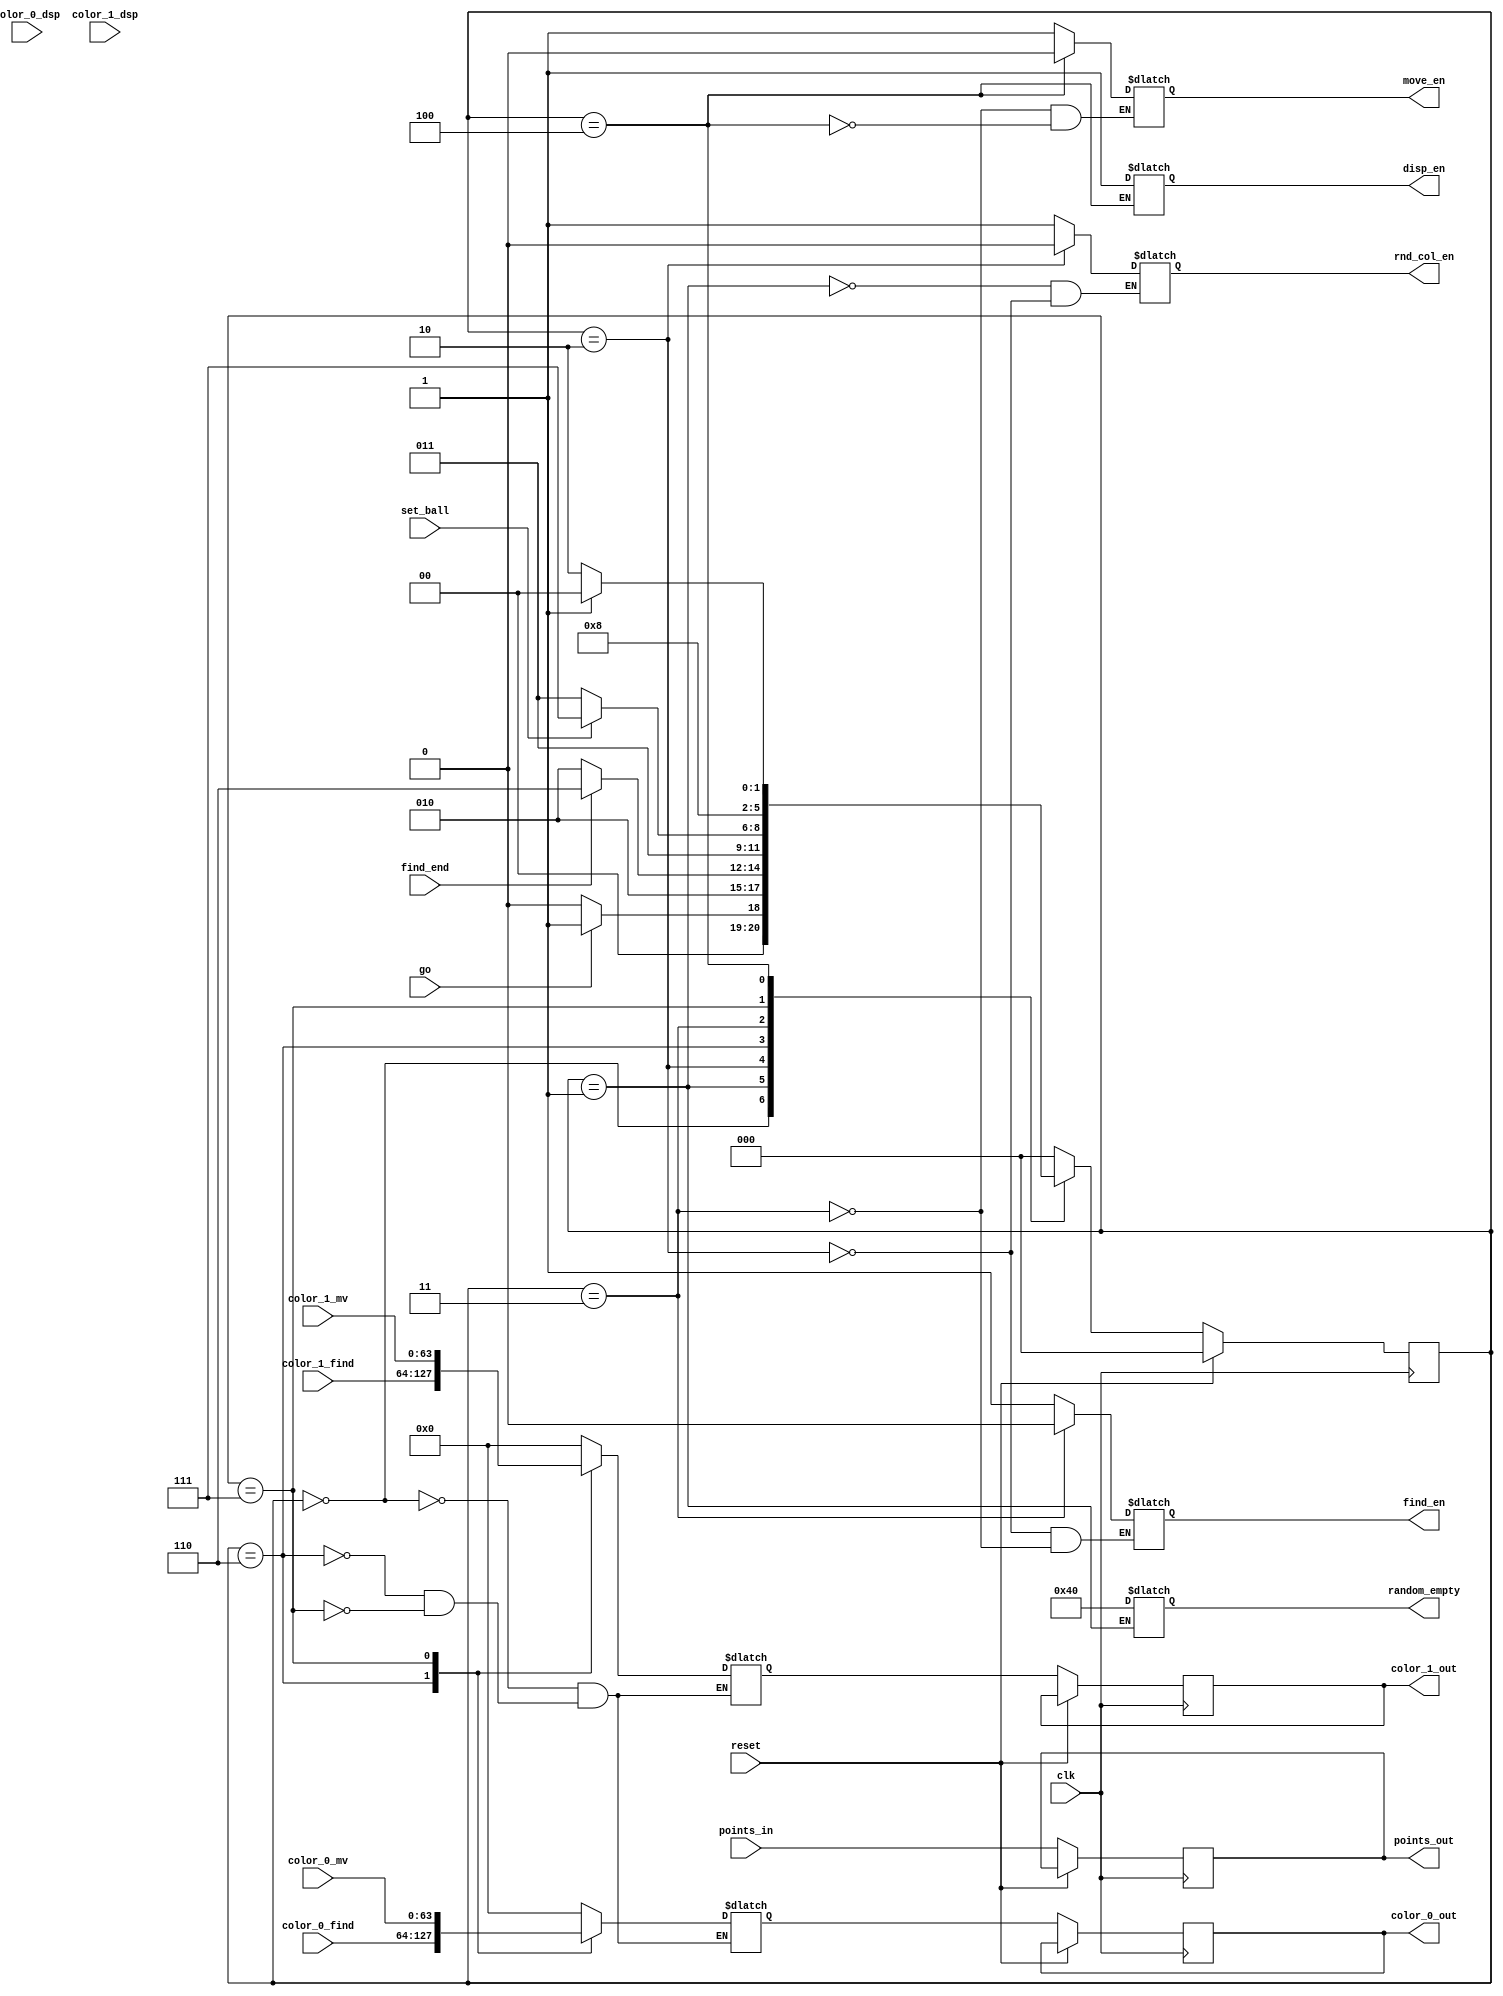
`timescale 1ns / 1ps
//////////////////////////////////////////////////////////////////////////////////
// Company: 
// Engineer: 
// 
// Design Name: 
// Module Name: control_ms
// Project Name: 
// Target Devices: 
// Tool Versions: 
// Description: 
// 
// Dependencies: 
// 
// Revision:
// Revision 0.01 - File Created
// Additional Comments:
// 
//////////////////////////////////////////////////////////////////////////////////


module control_ms(
    input wire clk,
    input wire reset,
    input wire go,
    
    input wire [63:0] color_0_find, color_0_mv, color_0_dsp,
    input wire [63:0] color_1_find, color_1_mv, color_1_dsp,
    input wire set_ball,
    input wire [9:0] points_in,
    input wire find_end,
    
    output reg [63:0] color_0_out,
    output reg [63:0] color_1_out,
    
    output reg rnd_col_en, find_en, move_en, disp_en,
    output reg [23:0] random_empty,
    output reg [9:0] points_out

    );
    
localparam  IDLE = 4'b0000,
            START = 4'b0001,
            RANDOM = 4'b0010,
            MOVE = 4'b0011,
            DISAPPEAR = 4'b0100,
            END = 4'b0101,
            RANDOM_NXT = 4'b0110,
            MOVE_NXT = 4'b0111,
            DISP_NXT = 4'b1000;

    
    reg [2:0] state_nxt, state;
    reg  set_new;
    reg [63:0] color_0_nxt, color_1_nxt;
    
    reg [8:0] random_colors_in, random_colors_out, random_colors_nxt;
                
    always @(posedge clk) begin
        if(reset)begin
        state <= 0;
        end
        
        else begin
        state <= state_nxt;
        color_0_out <= color_0_nxt;
        color_1_out <= color_1_nxt;
        random_colors_in <= random_colors_nxt;
        points_out <= points_in;
        end
    
    end
    
    
    always @* begin
        case(state)
            IDLE: state_nxt = go ? START : IDLE;
            START: state_nxt = RANDOM;
            RANDOM: state_nxt = find_end ? RANDOM_NXT : RANDOM; 
            RANDOM_NXT: state_nxt = MOVE;
            
            MOVE: state_nxt = set_ball ? MOVE_NXT : MOVE;
            MOVE_NXT: state_nxt = DISAPPEAR;
            
            DISAPPEAR: state_nxt = set_new ? DISP_NXT : RANDOM;
            DISP_NXT: state_nxt = MOVE;
            default: state_nxt = IDLE;
        endcase
    end
    
              
    always @* begin
        case(state)
            IDLE: begin
                //set_ball = 1'b0;
                //set_new = 1'b0;
                color_0_nxt = 64'h0;
                color_1_nxt = 64'h0;       
            end
            START: begin
                random_empty = 64;
                rnd_col_en = 1'b1;
            end
            RANDOM: begin
                rnd_col_en = 1'b0;
                find_en = 1'b1;
            end
            RANDOM_NXT: begin
                color_0_nxt = color_0_find;
                color_1_nxt = color_1_find;            
            end
            MOVE: begin
                find_en = 1'b0;
                move_en = 1'b1;
            end
            MOVE_NXT: begin
                color_0_nxt = color_0_mv;
                color_1_nxt = color_1_mv;           
            end
            DISAPPEAR: begin
                move_en = 1'b0;
                disp_en = 1'b1;
            end
            DISP_NXT: begin
                color_0_nxt = color_0_dsp;
                color_1_nxt = color_1_dsp;       
            end
            //default: state_nxt = IDLE;
        endcase
    end          
              
                      
    
    endmodule